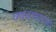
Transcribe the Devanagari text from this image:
ज्‍वरकारक